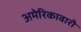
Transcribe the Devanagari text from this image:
अमेरिकावारी